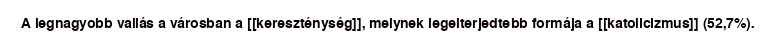
A legnagyobb vallás a városban a [[kereszténység]], melynek legelterjedtebb formája a [[katolicizmus]] (52,7%).